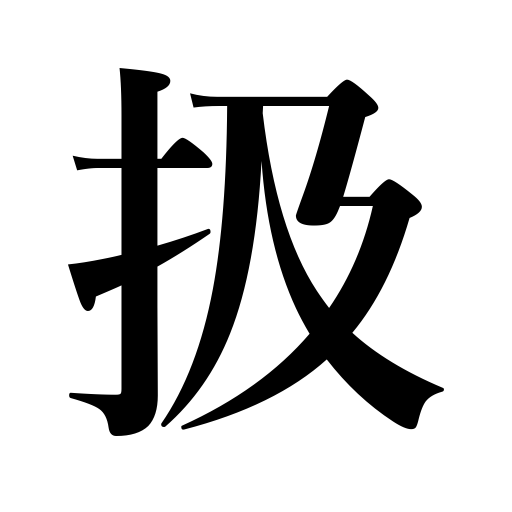
Meanings: entertain,conduct,deal with,work on,manipulate,treat,handle,manage